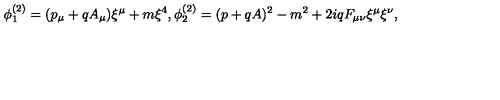
\phi _ { 1 } ^ { ( 2 ) } = ( p _ { \mu } + q A _ { \mu } ) \xi ^ { \mu } + m \xi ^ { 4 } , \phi _ { 2 } ^ { ( 2 ) } = ( p + q A ) ^ { 2 } - m ^ { 2 } + 2 i q F _ { \mu \nu } \xi ^ { \mu } \xi ^ { \nu } ,